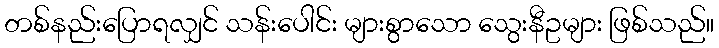
တစ်နည်းပြောရလျှင် သန်းပေါင်း များစွာသော သွေးနီဥများ ဖြစ်သည်။